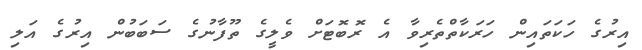
އިރުގެ ހަކަތައިން ހަރަކާތްތެރިވާ އެ ރޮބޮޓަށް ވެލީގެ ތޫފާނުގެ ސަބަބުން އިރުގެ އަލި